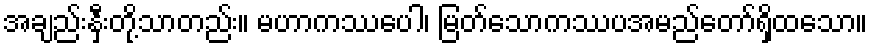
အချည်းနှီးတို့သာတည်း။ မဟာကဿပေါ၊ မြတ်သောကဿပအမည်တော်ရှိထသော။